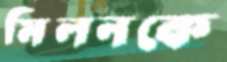
মিলনকে